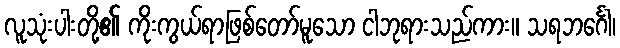
လူသုံးပါးတို့၏ ကိုးကွယ်ရာဖြစ်တော်မူသော ငါဘုရားသည်ကား။ သရဘင်္ဂေါ၊